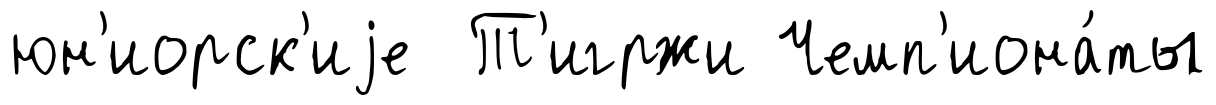
юн'иорск'иjе Т'игржи Чемп'иона́ты